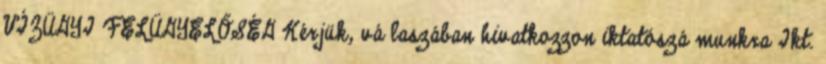
VÍZÜGYI FELÜGYELŐSÉG Kérjük, vá laszában hivatkozzon iktatószá munkra Ikt.